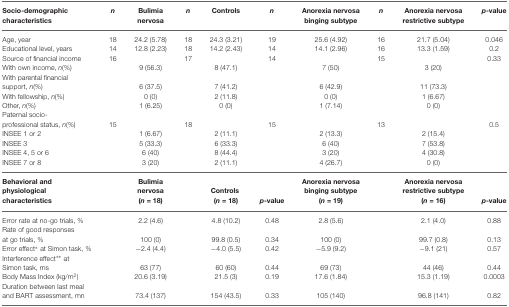
<table><thead><tr><td><b>Socio-demographic characteristics</b></td><td><b><i>n</i></b></td><td><b>Bulimia nervosa</b></td><td><b><i>n</i></b></td><td><b>Controls</b></td><td><b><i>n</i></b></td><td><b>Anorexia nervosa binging subtype</b></td><td><b><i>n</i></b></td><td><b>Anorexia nervosa restrictive subtype</b></td><td><b><i>p</i>-value </b></td></tr></thead><tbody><tr><td>Age, year</td><td>18</td><td>24.2 (5.78)</td><td>18</td><td>24.3 (3.21)</td><td>19</td><td>25.6 (4.92)</td><td>16</td><td>21.7 (5.04)</td><td>0.046</td></tr><tr><td>Educational level, years</td><td>14</td><td>12.8 (2.23)</td><td>18</td><td>14.2 (2.43)</td><td>14</td><td>14.1 (2.96)</td><td>16</td><td>13.3 (1.59)</td><td>0.2</td></tr><tr><td>Source of financial income</td><td>16</td><td></td><td>17</td><td></td><td>14</td><td></td><td>15</td><td></td><td>0.33</td></tr><tr><td>With own income, <i>n</i>(%)</td><td></td><td>9 (56.3)</td><td></td><td>8 (47.1)</td><td></td><td>7 (50)</td><td></td><td>3 (20)</td><td></td></tr><tr><td>With parental financial support, <i>n</i>(%)</td><td></td><td>6 (37.5)</td><td></td><td>7 (41.2)</td><td></td><td>6 (42.9)</td><td></td><td>11 (73.3)</td><td></td></tr><tr><td>With fellowship, <i>n</i>(%)</td><td></td><td>0 (0)</td><td></td><td>2 (11.8)</td><td></td><td>0 (0)</td><td></td><td>1 (6.67)</td><td></td></tr><tr><td>Other, <i>n</i>(%)</td><td></td><td>1 (6.25)</td><td></td><td>0 (0)</td><td></td><td>1 (7.14)</td><td></td><td>0 (0)</td><td></td></tr><tr><td>Paternal socio-professional status, <i>n</i>(%)</td><td>15</td><td></td><td>18</td><td></td><td>15</td><td></td><td>13</td><td></td><td>0.5</td></tr><tr><td>INSEE 1 or 2</td><td></td><td>1 (6.67)</td><td></td><td>2 (11.1)</td><td></td><td>2 (13.3)</td><td></td><td>2 (15.4)</td><td></td></tr><tr><td>INSEE 3</td><td></td><td>5 (33.3)</td><td></td><td>6 (33.3)</td><td></td><td>6 (40)</td><td></td><td>7 (53.8)</td><td></td></tr><tr><td>INSEE 4, 5 or 6</td><td></td><td>6 (40)</td><td></td><td>8 (44.4)</td><td></td><td>3 (20)</td><td></td><td>4 (30.8)</td><td></td></tr><tr><td>INSEE 7 or 8</td><td></td><td>3 (20)</td><td></td><td>2 (11.1)</td><td></td><td>4 (26.7)</td><td></td><td>0 (0)</td><td></td></tr><tr><td><b>Behavioral and physiological characteristics</b></td><td></td><td><b>Bulimia nervosa (<i>n</i> = 18)</b></td><td></td><td><b>Controls (<i>n</i> = 18)</b></td><td><b><i>p</i>-value</b></td><td><b>Anorexia nervosa binging subtype (<i>n</i> = 19)</b></td><td></td><td><b>Anorexia nervosa restrictive subtype (<i>n</i> = 16)</b></td><td><b><i>p</i>-value</b></td></tr><tr><td>Error rate at no-go trials, %</td><td></td><td>2.2 (4.6)</td><td></td><td>4.8 (10.2)</td><td>0.48</td><td>2.8 (5.6)</td><td></td><td>2.1 (4.0)</td><td>0.88</td></tr><tr><td>Rate of good responses at go trials, %</td><td></td><td>100 (0)</td><td></td><td>99.8 (0.5)</td><td>0.34</td><td>100 (0)</td><td></td><td>99.7 (0.8)</td><td>0.13</td></tr><tr><td>Error effect* at Simon task, %</td><td></td><td>−2.4 (4.4)</td><td></td><td>−4.0 (5.5)</td><td>0.42</td><td>−5.9 (9.2)</td><td></td><td>−9.1 (21)</td><td>0.57</td></tr><tr><td>Interference effect** at Simon task, ms</td><td></td><td>63 (77)</td><td></td><td>60 (60)</td><td>0.44</td><td>69 (73)</td><td></td><td>44 (46)</td><td>0.44</td></tr><tr><td>Body Mass Index (kg/m<sup>2</sup>)</td><td></td><td>20.6 (3.19)</td><td></td><td>21.5 (3)</td><td>0.19</td><td>17.6 (1.84)</td><td></td><td>15.3 (1.19)</td><td>0.0003</td></tr><tr><td>Duration between last meal</td></tr><tr><td>and BART assessment, mn</td><td></td><td>73.4 (137)</td><td></td><td>154 (43.5)</td><td>0.33</td><td>105 (140)</td><td></td><td>96.8 (141)</td><td>0.82</td></tr></tbody></table>